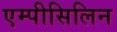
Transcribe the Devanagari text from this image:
एम्पीसिलिन